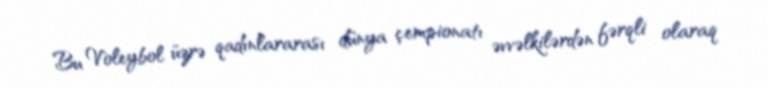
Bu Voleybol üzrə qadınlararası dünya çempionatı əvvəlkilərdən fərqli olaraq